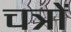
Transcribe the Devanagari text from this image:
चत्रों